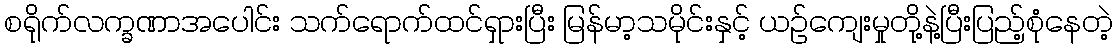
စရိုက်လက္ခဏာအပေါင်း သက်ရောက်ထင်ရှားပြီး မြန်မာ့သမိုင်းနှင့် ယဉ်ကျေးမှုတို့နဲ့ပြီးပြည့်စုံနေတဲ့